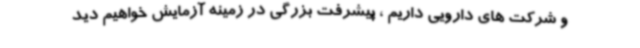
و شرکت های دارویی داریم ، پیشرفت بزرگی در زمینه آزمایش خواهیم دید